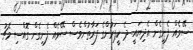
ސޭވެއް ފެނިގެން އެދިޔައީ. ދެ ކީޕަރުންގެ ފަރާތުންވެސް ސޭވެއް ފެނިގެން ގޮއްސި މެޗު